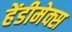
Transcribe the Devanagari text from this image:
हेंडीमेक्स